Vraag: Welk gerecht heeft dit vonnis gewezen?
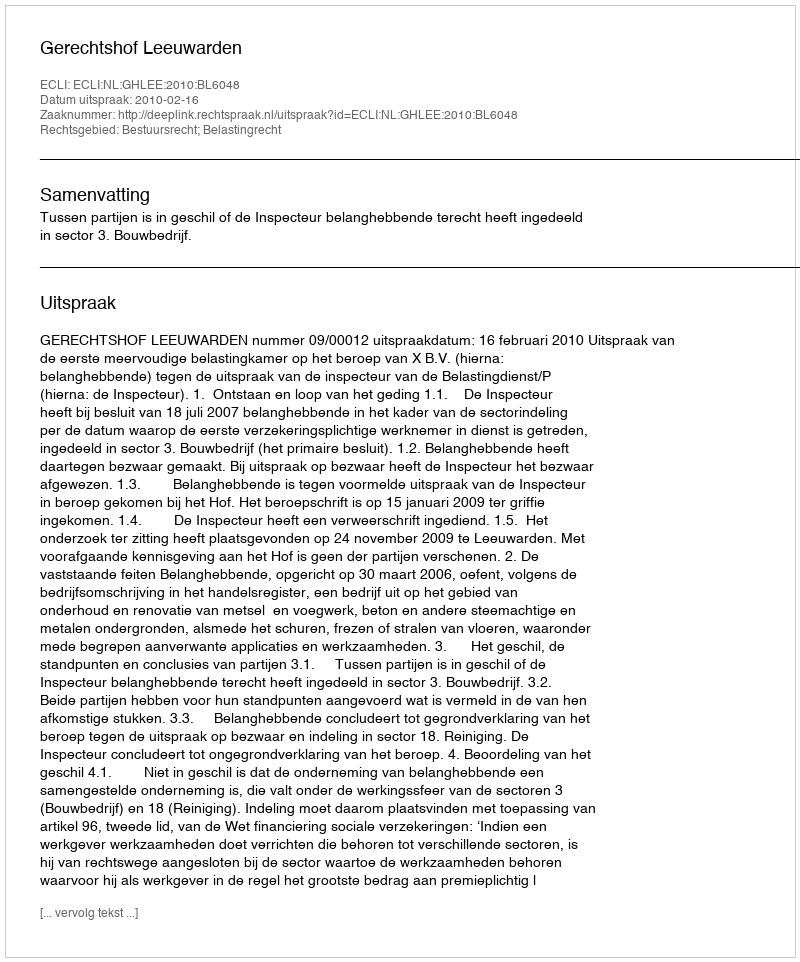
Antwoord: Gerechtshof Leeuwarden